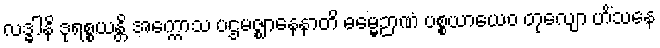
လဒ္ဓါနိ ဒုရစ္စယန္တိ အက္ကောသ ပဌမဇ္ဈာနေနာတိ ဓမ္မေဉာဏံ ပစ္စယာယေဝ တုလျော ဟိံသနေ